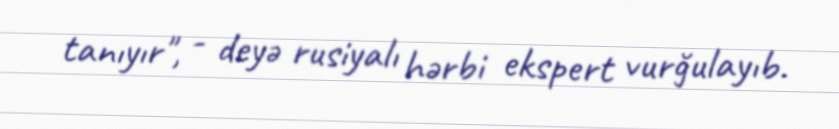
tanıyır", - deyə rusiyalı hərbi ekspert vurğulayıb.